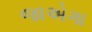
જાએગા